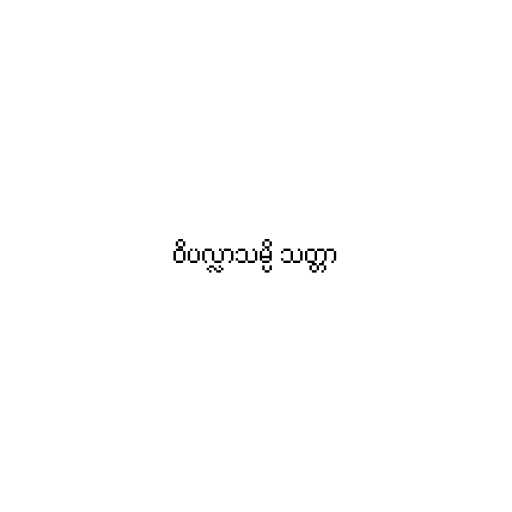
ဝိပလ္လာသမ္ပိ သတ္တာ